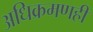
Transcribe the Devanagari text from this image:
अधिक्रमणही